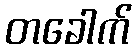
တခေါက်